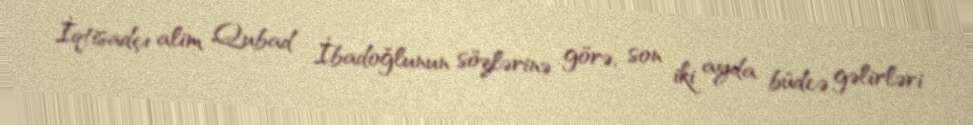
İqtisadçı alim Qubad İbadoğlunun sözlərinə görə, son iki ayda büdcə gəlirləri